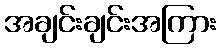
အချင်းချင်းအကြား